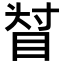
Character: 𥆴